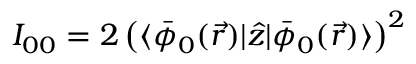
I _ { 0 0 } = 2 \, \big ( \langle \bar { \phi } _ { 0 } ( \vec { r } ) | \hat { z } | \bar { \phi } _ { 0 } ( \vec { r } ) \rangle \big ) ^ { 2 }